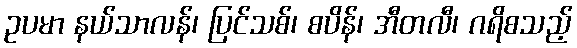
ဥပမာ နယ်သာလန်၊ ပြင်သစ်၊ စပိန်၊ အီတလီ၊ ဂရိစသည့်